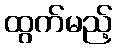
ထွက်မည့်